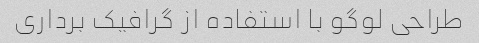
طراحی لوگو با استفاده از گرافیک برداری